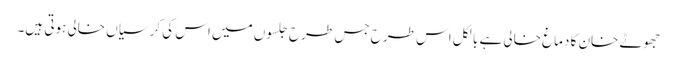
جھوٹے خان کا دماغ خالی ہے بالکل اس طرح جس طرح جلسوں میں اس کی کرسیاں خالی ہوتی ہیں۔